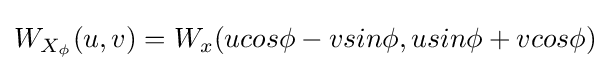
W_{X_{\phi }}(u,v)=W_{x}(ucos\phi -vsin\phi ,usin\phi +vcos\phi )